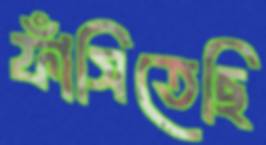
ফাঁসিতেছি